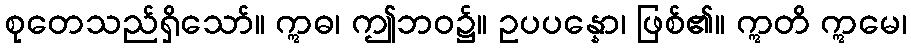
စုတေသည်ရှိသော်။ ဣဓ၊ ဤဘဝ၌။ ဥပပန္နော၊ ဖြစ်၏။ ဣတိ ဣမေ၊